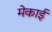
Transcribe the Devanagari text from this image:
मेकाई